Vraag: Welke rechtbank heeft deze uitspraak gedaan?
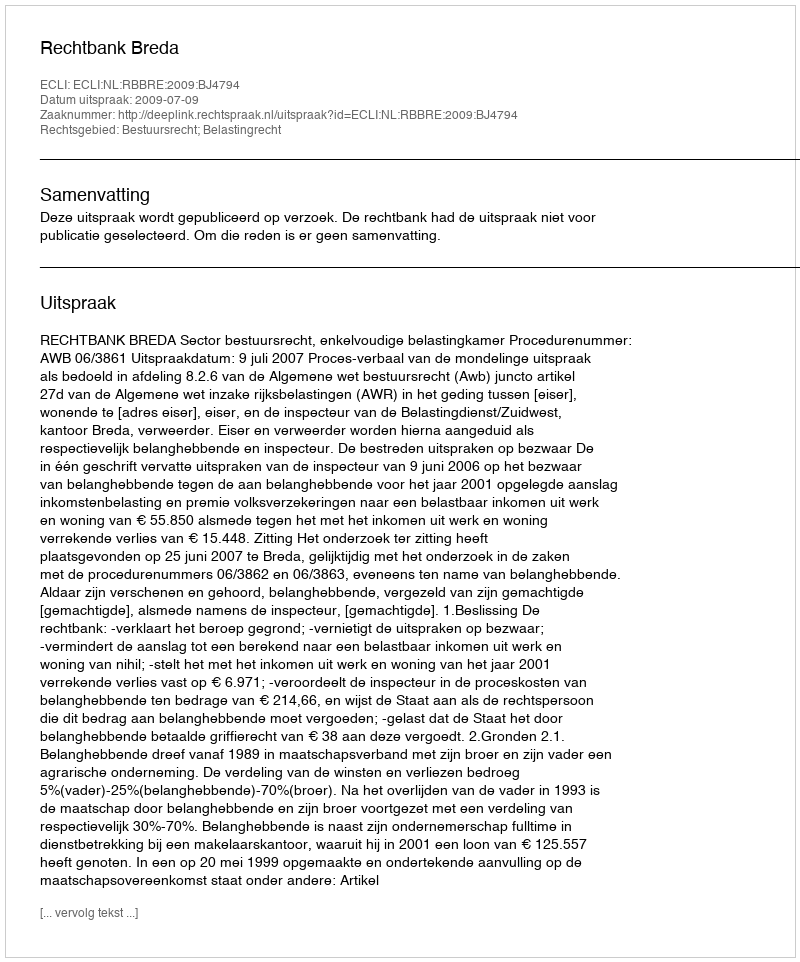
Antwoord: Rechtbank Breda